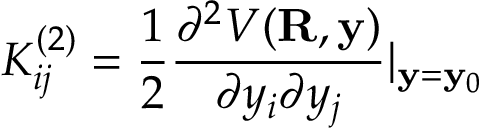
K _ { i j } ^ { ( 2 ) } = \frac { 1 } { 2 } \frac { \partial ^ { 2 } V ( \mathbf { R } , \mathbf { y } ) } { \partial y _ { i } \partial y _ { j } } | _ { \mathbf { y } = \mathbf { y } _ { 0 } }